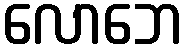
လောဘေ